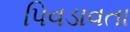
પિવડાવતા